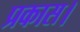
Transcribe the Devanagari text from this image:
प्रकास।